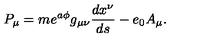
P _ { \mu } = m e ^ { a \phi } g _ { \mu \nu } \frac { d x ^ { \nu } } { d s } - e _ { 0 } A _ { \mu } .